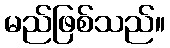
မည်ဖြစ်သည်။